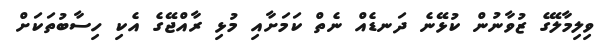
ވިލިމާލޭގެ ޒުވާނުން ކުޅޭނެ ދަނޑެއް ނެތް ކަމަށާއި މުޅި ރާއްޖޭގެ އެކި ހިސާބުތަކަށް